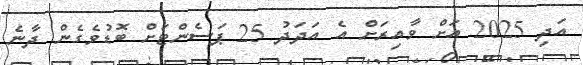
އަދި 2025 އަށް ވާއިރަށް އެ އަދަދު 25 ޕަސެންޓަށް ބޮޑުވެގެން ދާނެ